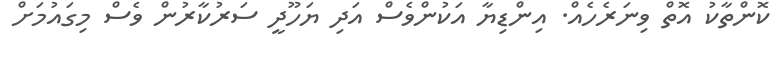
ކޮންތާކު އޮތް ވިނަރެހެއް. އިންޑިޔާ އަކުންވެސް އަދި ޔަހޫދީ ސަރުކާރުން ވެސް މިގައުމަށް